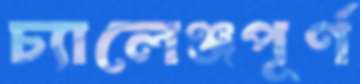
চ্যালেঞ্জপূর্ণ